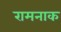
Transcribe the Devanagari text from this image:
रामनाक